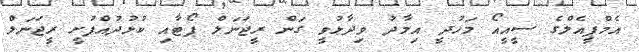
އެމްޕީއެލްގެ ސީއީއޯ މަހުދީ އިމާދު ވިދާޅުވީ ގަން ރީޖަނަލް ޕޯޓާއި ކުޅުދުއްފުށީ ރީޖަނަލް